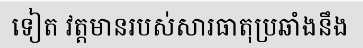
ទៀត វត្តមានរបស់សារធាតុប្រឆាំងនឹង